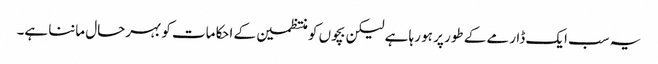
یہ سب ایک ڈارمے کے طور پر ہو رہا ہے لیکن بچوں کو منتظمین کے احکامات کو بہرحال ماننا ہے۔